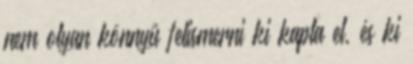
nem olyan könnyű felismerni ki kapta el, és ki